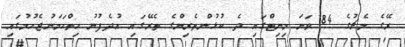
ރޭގެ މެޗުގެ 84 ވަނަ މިނިޓްގައި ދެ ކުޅުންތެރިންގެ ތެރޭގައި އުދެފުނު ހިތްހަމަނުޖެހުމުގައި